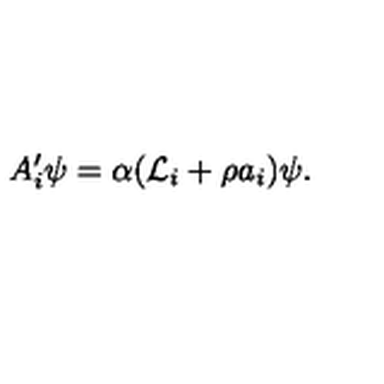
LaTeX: A _ { i } ^ { \prime } \psi = \alpha ( { \cal L } _ { i } + \rho a _ { i } ) \psi .